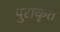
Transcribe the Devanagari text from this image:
पुराकृत